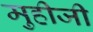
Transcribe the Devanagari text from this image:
मुहीजी